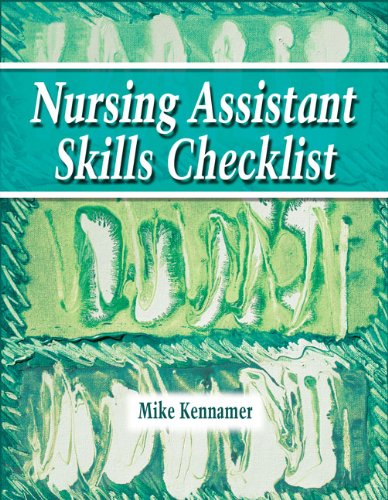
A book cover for Nursing Assistant Skills Checklist; Trisha Kennamer; Medical Books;